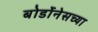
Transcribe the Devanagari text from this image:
बोर्डोनेसच्या